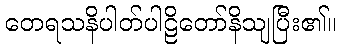
တေရသနိပါတ်ပါဠိတော်နိသျပြီး၏။